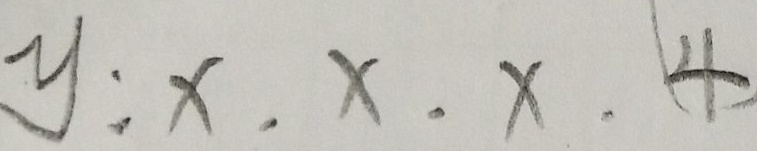
y : x . x . x . 4